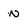
Character: n